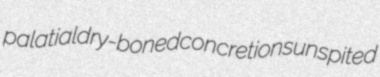
palatial dry-boned concretions unspited